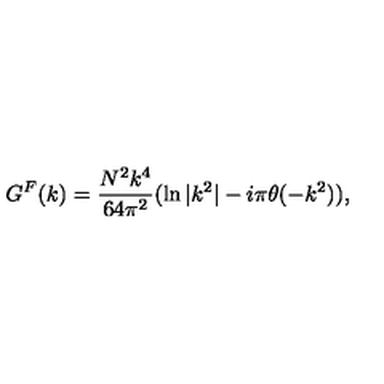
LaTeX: G ^ { F } ( k ) = { \frac { N ^ { 2 } k ^ { 4 } } { 6 4 \pi ^ { 2 } } } ( \ln { | k ^ { 2 } | } - i \pi \theta ( - k ^ { 2 } ) ) ,